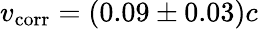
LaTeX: v_{\mathrm{corr}}=(0.09\pm 0.03)c